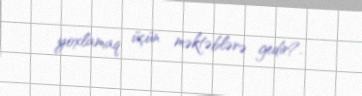
yoxlamaq üçün məktəblərə gedir?.